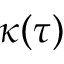
\kappa ( \tau )